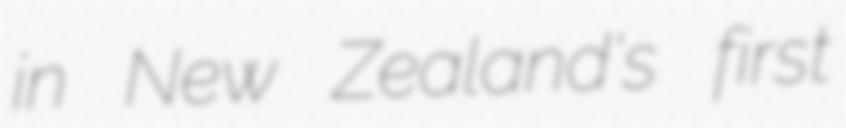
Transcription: in New Zealand's first